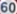
60